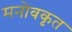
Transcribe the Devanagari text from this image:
मनोवकृत